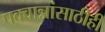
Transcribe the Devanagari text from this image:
पक्वान्नांसाठीही